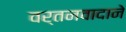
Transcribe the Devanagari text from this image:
वर्तनवादाने